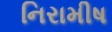
નિરામીષ